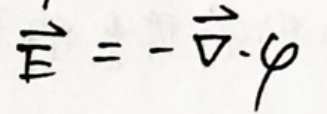
$\vec { E } = - \vec { \nabla } \cdot \varphi$